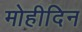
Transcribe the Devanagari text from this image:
मोहीदिन